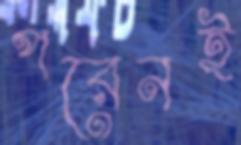
পরেনই